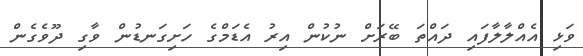
ވަޅި އެއްލާލާފައި ދައްތަ ބޭރަށް ނުކުން އިރު އެޑަމްގެ ހަށިގަނޑުން ވާގި ދޫވެގެން